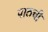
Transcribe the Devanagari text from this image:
पाठची